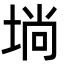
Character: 埫